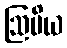
ဩပိယ